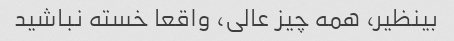
بینظیر، همه چیز عالی، واقعا خسته نباشید